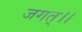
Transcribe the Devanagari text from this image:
जगत्।।